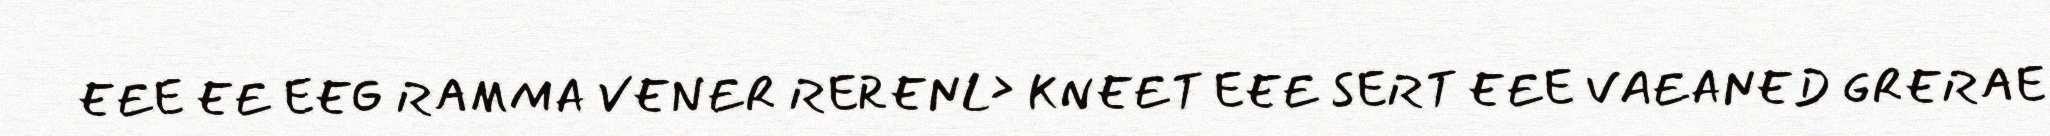
EEE EE EEG RAMMA VENER RERENL> KNEET EEE SERT EEE VAEANED GRERAE